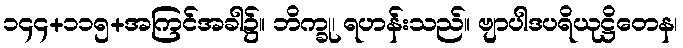
၁၄၄+၁၁၅+အကြင်အခါ၌။ ဘိက္ခု၊ ရဟန်းသည်။ ဗျာပါဒပရိယုဋ္ဌိတေန၊